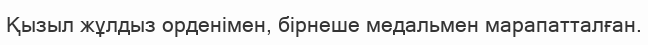
Қызыл жұлдыз орденімен, бірнеше медальмен марапатталған.